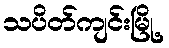
သပိတ်ကျင်းမြို့